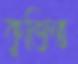
কুজিত